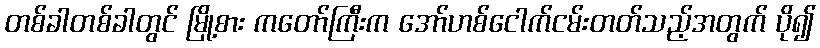
တစ်ခါတစ်ခါတွင် မြို့စား ကတော်ကြီးက အော်ဟစ်ငေါက်ငမ်းတတ်သည့်အတွက် ပို၍